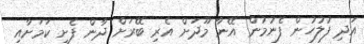
އަދި ފުލުހުން ފެނުމުން އޭނާ މޫދަށް އެރި ބޭރަށް ދާން ފެށި ކަމަށާއި